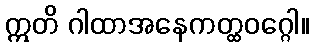
ဣတိ ဂါထာအနေကတ္ထဝဂ္ဂေါ။